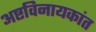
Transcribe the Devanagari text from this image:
अष्टविनायकांत